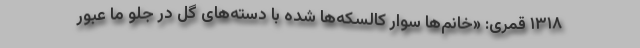
۱۳۱۸ قمری: «خانم‌ها سوار کالسکه‌ها شده با دسته‌های گل در جلو ما عبور